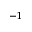
^ { - 1 }